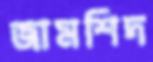
জামশিদ